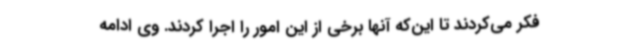
فکر می‌کردند تا این‌که آنها برخی از این امور را اجرا کردند. وی ادامه